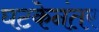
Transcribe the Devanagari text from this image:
घटकेनंतर